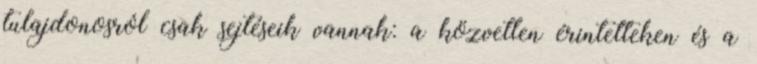
tulajdonosról csak sejtéseik vannak: a közvetlen érintetteken és a